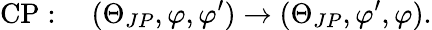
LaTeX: \mathrm{CP}:\quad(\Theta_{JP},\varphi,\varphi^{\prime})\rightarrow(\Theta_{JP},\varphi^{\prime},\varphi).